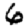
Digit: 6